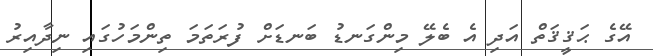
އޭގެ ޙަޤީޤަތް އަދި އެ ބެލޭ މިންގަނޑު ބަނޑަށް ފުރަތަމަ ތިންމަހުގައި ނިދާއިރު